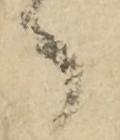
へ